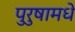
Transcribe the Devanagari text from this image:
पुरुषामधे